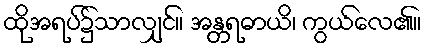
ထိုအရပ်၌သာလျှင်။ အန္တရဓာယိ၊ ကွယ်လေ၏။